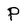
Character: P